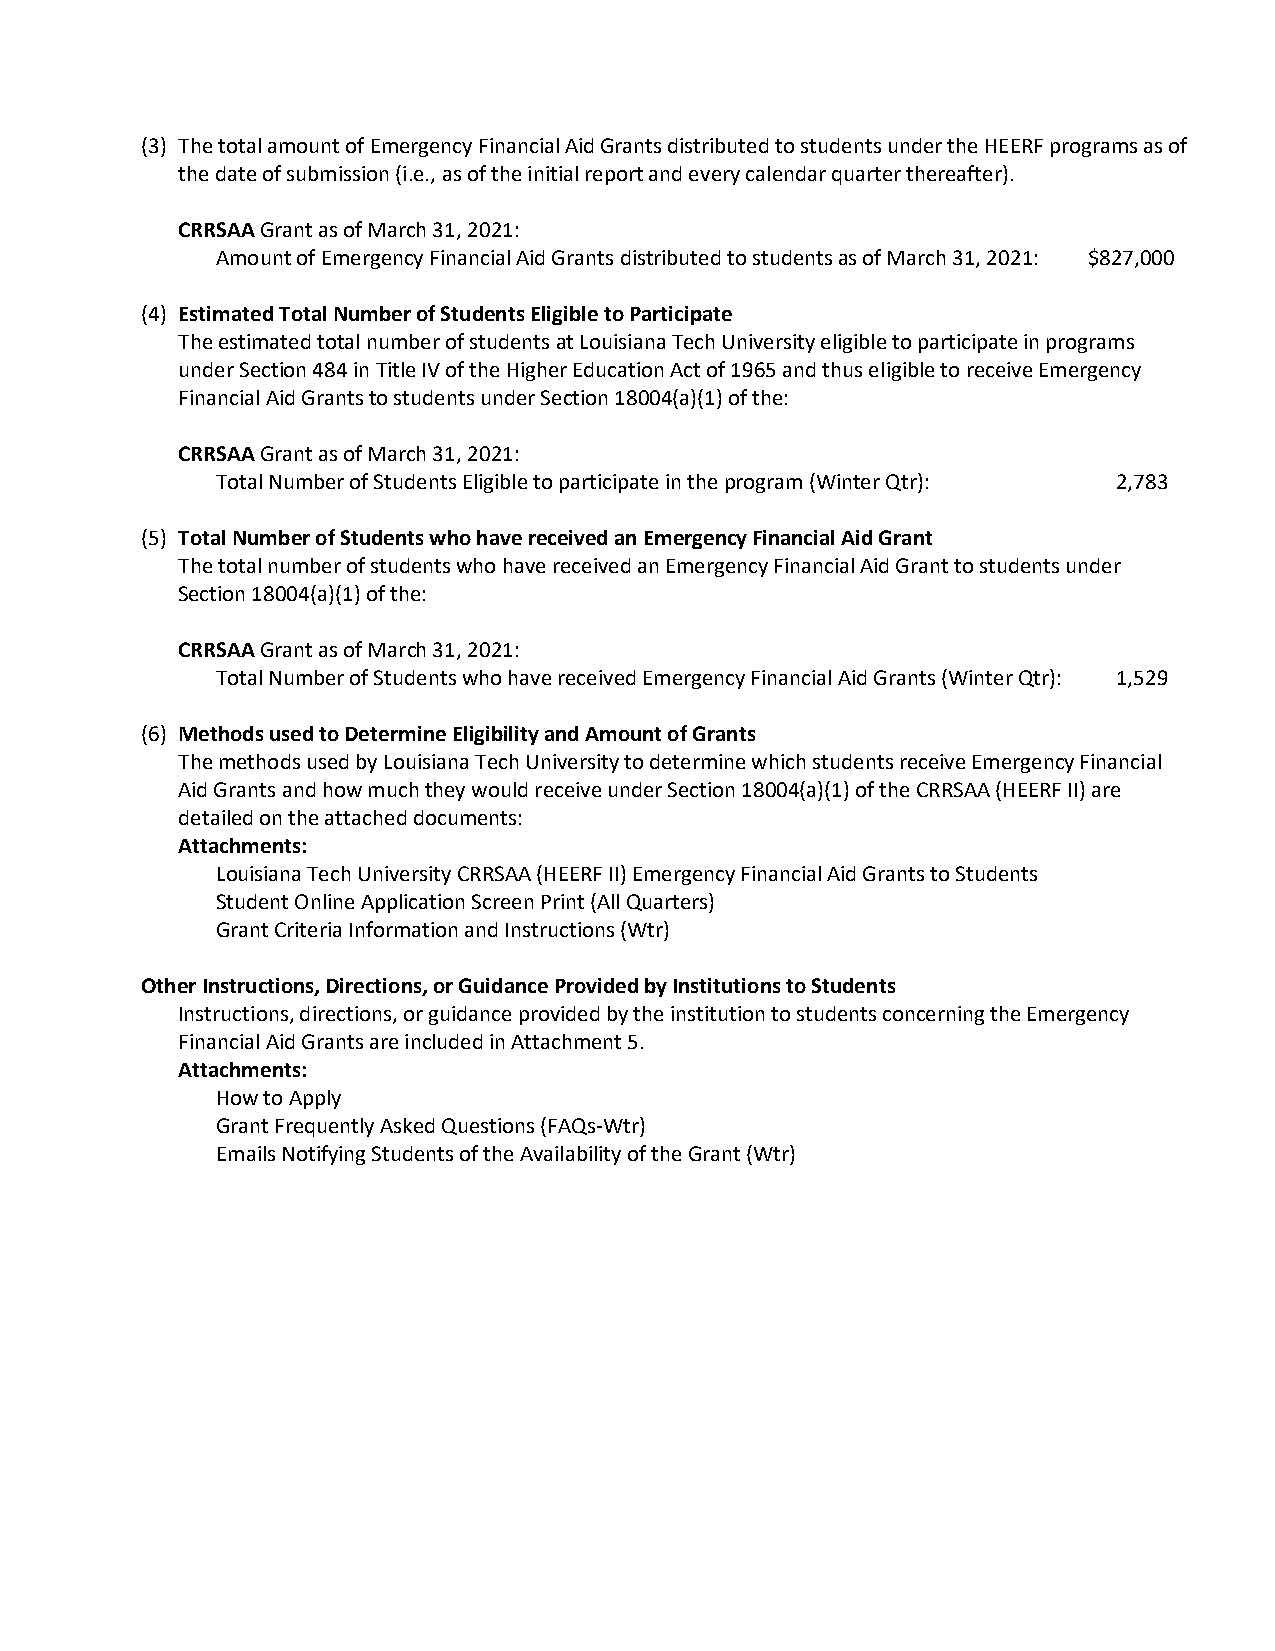
(3) The total amount of Emergency Financial Aid Grants distributed to students under the HEERF programs as of
 the date of submission (i.e., as of the initial report and every calendar quarter thereafter).
 CRRSAA Grant as of March 31, 2021:
 Amount of Emergency Financial Aid Grants distributed to students as of March 31, 2021: $827,000
 (4) Estimated Total Number of Students Eligible to Participate
 The estimated total number of students at Louisiana Tech University eligible to participate in programs
 under Section 484 in Title IV of the Higher Education Act of 1965 and thus eligible to receive Emergency
 Financial Aid Grants to students under Section 18004(a)(1) of the:
 CRRSAA Grant as of March 31, 2021:
 Total Number of Students Eligible to participate in the program (Winter Qtr): 2,783
 (5) Total Number of Students who have received an Emergency Financial Aid Grant
 The total number of students who have received an Emergency Financial Aid Grant to students under
 Section 18004(a)(1) of the:
 CRRSAA Grant as of March 31, 2021:
 Total Number of Students who have received Emergency Financial Aid Grants (Winter Qtr): 1,529
 (6) Methods used to Determine Eligibility and Amount of Grants
 The methods used by Louisiana Tech University to determine which students receive Emergency Financial
 Aid Grants and how much they would receive under Section 18004(a)(1) of the CRRSAA (HEERF II) are
 detailed on the attached documents:
 Attachments:
 Louisiana Tech University CRRSAA (HEERF II) Emergency Financial Aid Grants to Students
 Student Online Application Screen Print (All Quarters)
 Grant Criteria Information and Instructions (Wtr)
 Other Instructions, Directions, or Guidance Provided by Institutions to Students
 Instructions, directions, or guidance provided by the institution to students concerning the Emergency
 Financial Aid Grants are included in Attachment 5.
 Attachments:
 How to Apply
 Grant Frequently Asked Questions (FAQs-Wtr)
 Emails Notifying Students of the Availability of the Grant (Wtr)